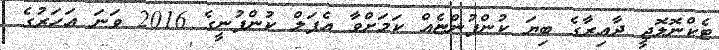
ޓެކްނޮލޮޖީ ދާއިރާގެ ބިޔަ ކުންފުންޏެއް ކަމަށްވާ އެޕަލް ކުންފުނީގެ 2016 ވަނަ އަހަރުގެ